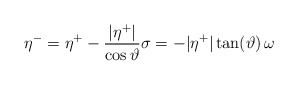
\begin{align*}\eta^- = \eta^+ - \frac{|\eta^+|}{\cos\vartheta}\sigma= - |\eta^+|\tan(\vartheta)\, \omega\end{align*}